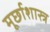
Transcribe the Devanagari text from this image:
मूर्छाशास्त्र